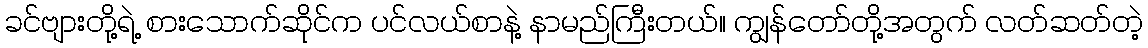
ခင်ဗျားတို့ရဲ့ စားသောက်ဆိုင်က ပင်လယ်စာနဲ့ နာမည်ကြီးတယ်။ ကျွန်တော်တို့အတွက် လတ်ဆတ်တဲ့